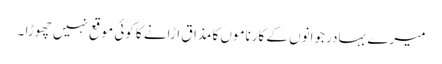
میرے بہادر جوانوں کے کارناموں کا مذاق اڑانے کا کوئی موقع نہیں چھوڑا ۔